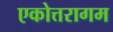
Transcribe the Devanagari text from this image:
एकोत्तरागम